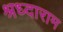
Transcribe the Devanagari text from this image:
श्रध्दाराम